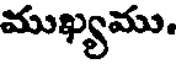
ముఖ్యము.